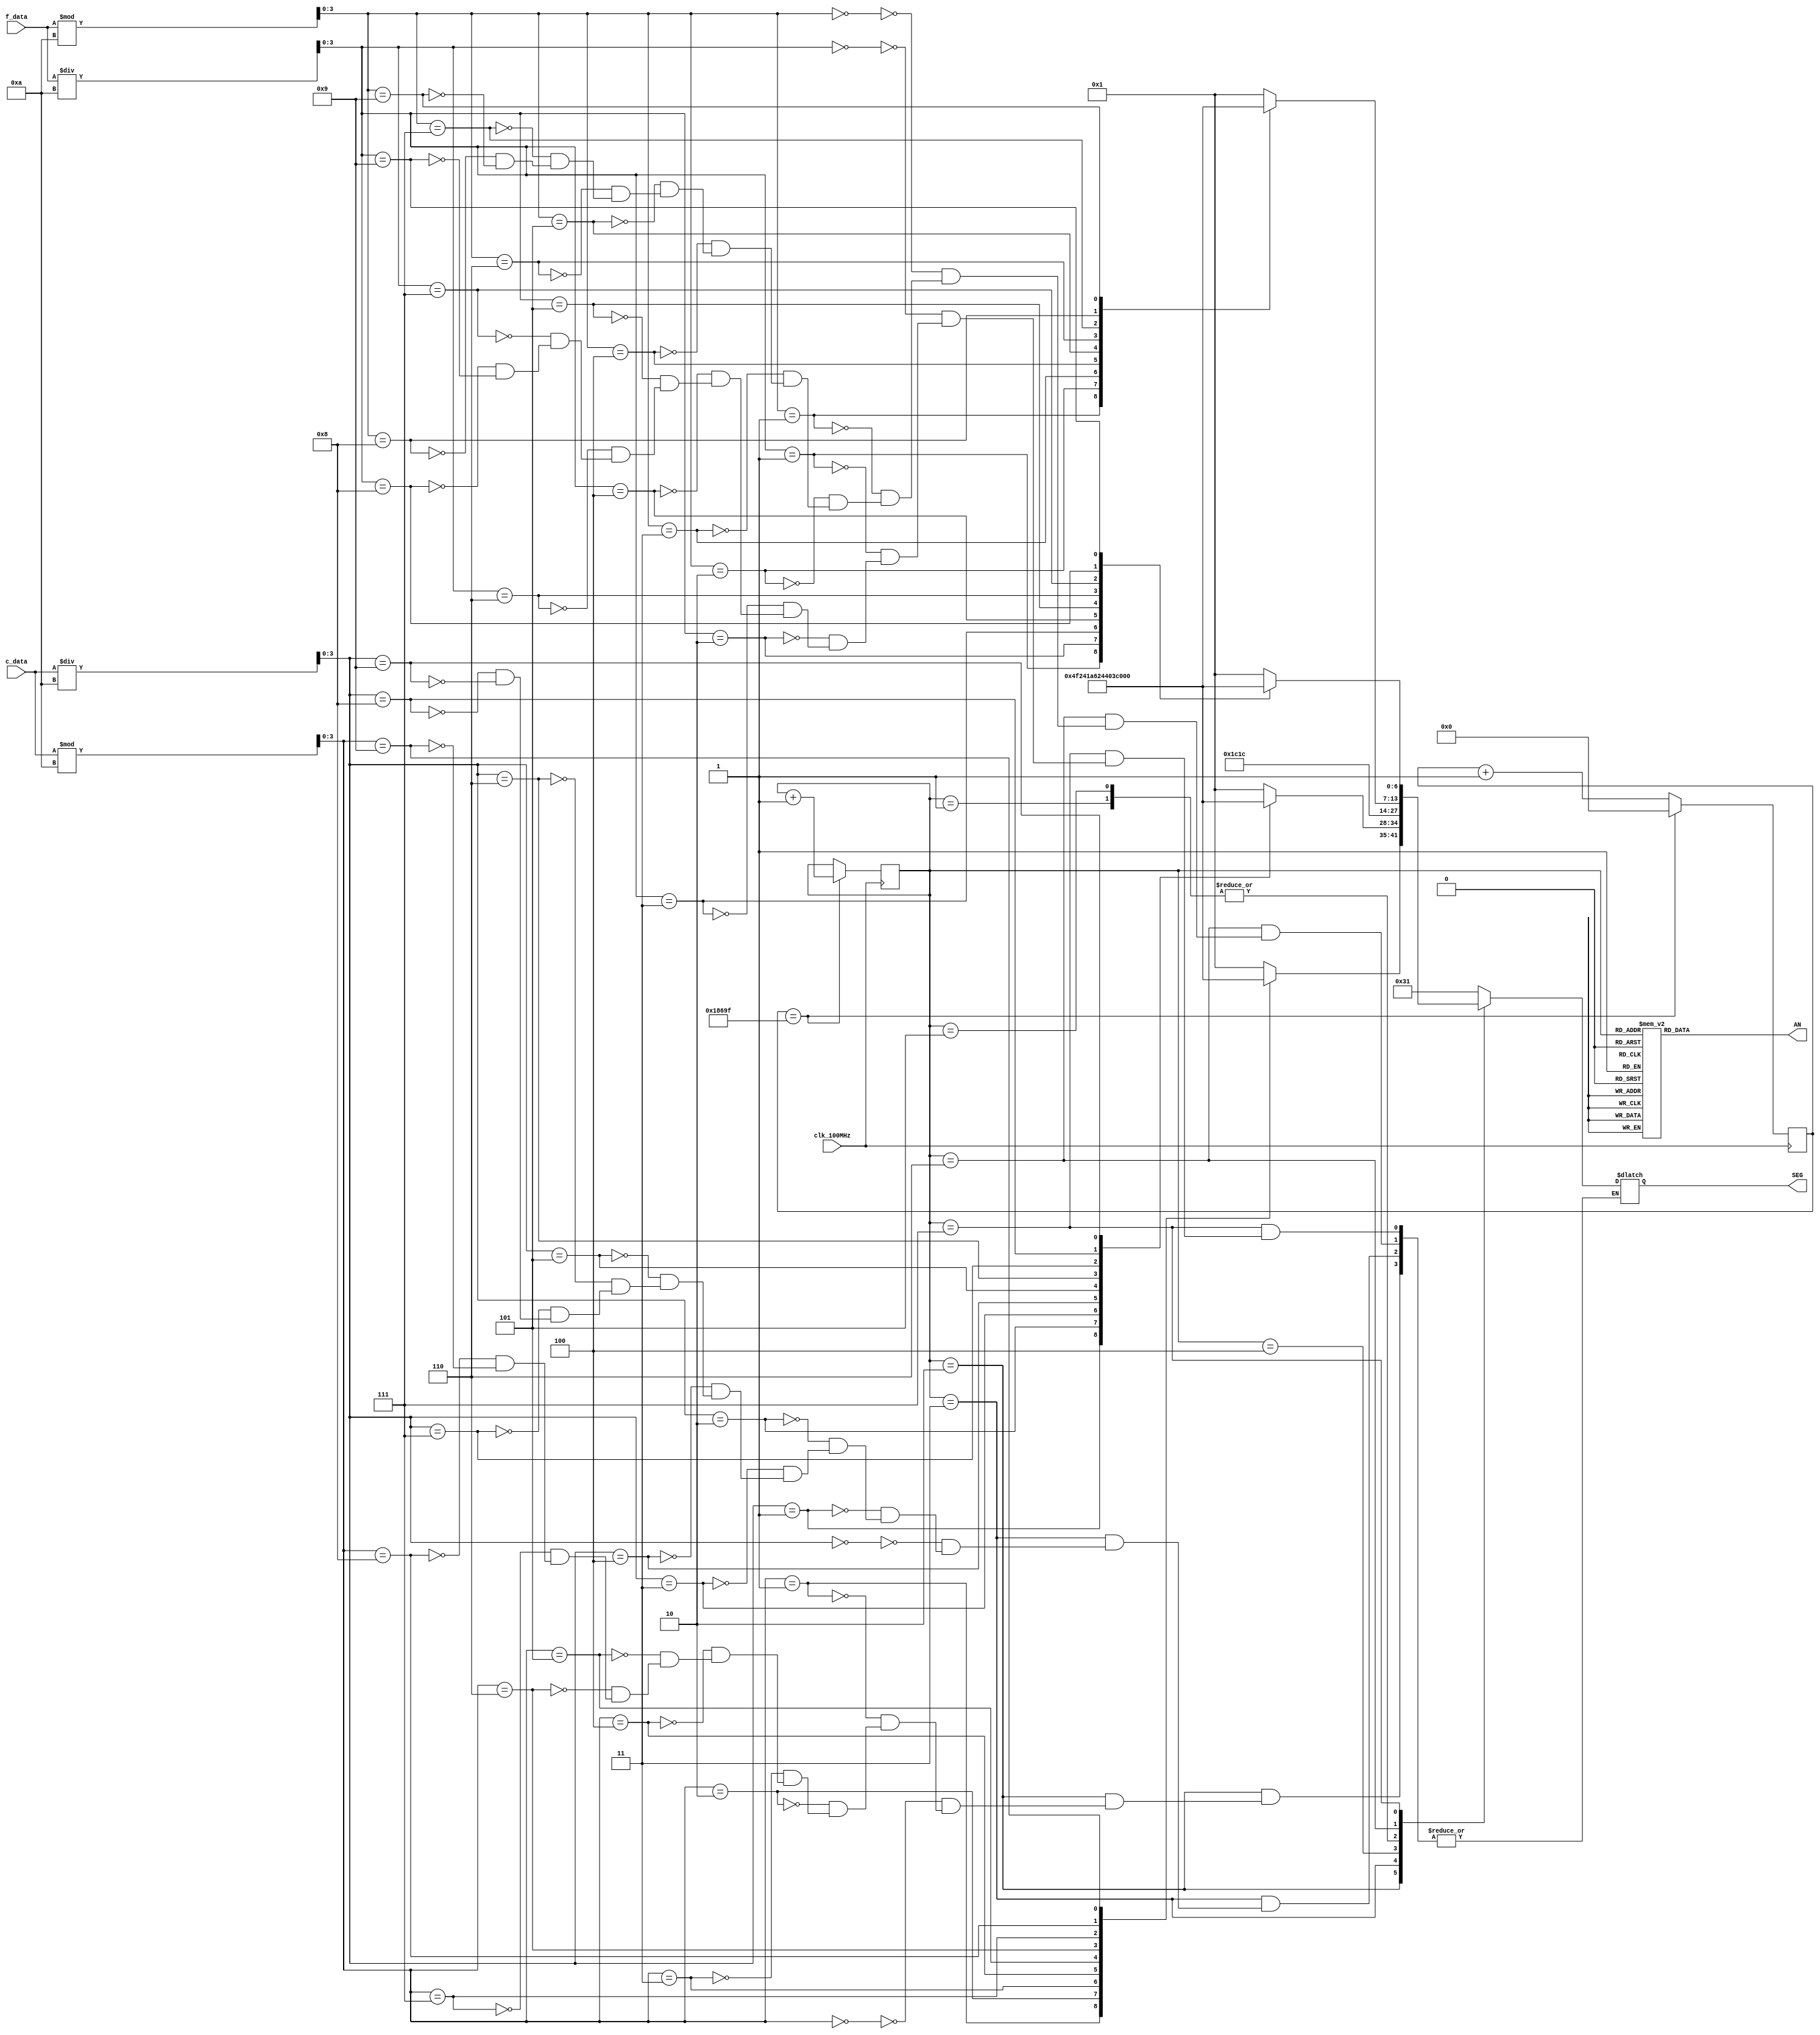
`timescale 1ns / 1ps
module seg7c(
    input clk_100MHz,               // Nexys 4 DDR clock
    input [7:0] c_data,             // Temp data from i2c master
    input [7:0] f_data,             // Temp data from temp converter
    output reg [6:0] SEG,           // 7 Segments of Displays
    output reg [7:0] AN             // 4 Anodes of 8 to display Temp C
    );
    
    // Binary to BCD conversion of temperature data
    wire [3:0] c_tens, c_ones;
    assign c_tens = c_data / 10;           // Tens value of C temp data
    assign c_ones = c_data % 10;           // Ones value of C temp data
    
    wire [3:0] f_tens, f_ones;
    assign f_tens = f_data / 10;           // Tens value of C temp data
    assign f_ones = f_data % 10;           // Ones value of C temp data 
    
    // Parameters for segment patterns
    parameter ZERO  = 7'b000_0001;  // 0
    parameter ONE   = 7'b100_1111;  // 1
    parameter TWO   = 7'b001_0010;  // 2 
    parameter THREE = 7'b000_0110;  // 3
    parameter FOUR  = 7'b100_1100;  // 4
    parameter FIVE  = 7'b010_0100;  // 5
    parameter SIX   = 7'b010_0000;  // 6
    parameter SEVEN = 7'b000_1111;  // 7
    parameter EIGHT = 7'b000_0000;  // 8
    parameter NINE  = 7'b000_0100;  // 9
    parameter DEG   = 7'b001_1100;  // degrees symbol
    parameter C     = 7'b011_0001;  // C
    parameter F     = 7'b011_1000;  // F
    
    // To select each digit in turn
    reg [2:0] anode_select;         // 2 bit counter for selecting each of 4 digits
    reg [16:0] anode_timer;         // counter for digit refresh
    
    // Logic for controlling digit select and digit timer
    always @(posedge clk_100MHz) begin
        // 1ms x 8 displays = 8ms refresh period
        if(anode_timer == 99_999) begin         // The period of 100MHz clock is 10ns (1/100,000,000 seconds)
            anode_timer <= 0;                   // 10ns x 100,000 = 1ms
            anode_select <=  anode_select + 1;
        end
        else
            anode_timer <=  anode_timer + 1;
    end
    
    // Logic for driving the 8 bit anode output based on digit select
    always @(anode_select) begin
        case(anode_select) 
            3'o0 : AN = 8'b1111_1110;
            3'o1 : AN = 8'b1111_1101;
            3'o2 : AN = 8'b1111_1011;
            3'o3 : AN = 8'b1111_0111;
            3'o4 : AN = 8'b1110_1111;
            3'o5 : AN = 8'b1101_1111;
            3'o6 : AN = 8'b1011_1111;
            3'o7 : AN = 8'b0111_1111;
        endcase
    end
    
    always @*
        case(anode_select)
            3'o0 : SEG = C;    // Set to C for Celsuis
                        
            3'o1 : SEG = DEG;  // Set to degrees symbol
                    
            3'o2 : begin       // C TEMPERATURE ONES DIGIT
                        case(c_ones)
                            4'b0000 : SEG = ZERO;
                            4'b0001 : SEG = ONE;
                            4'b0010 : SEG = TWO;
                            4'b0011 : SEG = THREE;
                            4'b0100 : SEG = FOUR;
                            4'b0101 : SEG = FIVE;
                            4'b0110 : SEG = SIX;
                            4'b0111 : SEG = SEVEN;
                            4'b1000 : SEG = EIGHT;
                            4'b1001 : SEG = NINE;
                        endcase
                    end
                    
            3'o3 : begin       // C TEMPERATURE TENS DIGIT
                        case(c_tens)
                            4'b0000 : SEG = ZERO;
                            4'b0001 : SEG = ONE;
                            4'b0010 : SEG = TWO;
                            4'b0011 : SEG = THREE;
                            4'b0100 : SEG = FOUR;
                            4'b0101 : SEG = FIVE;
                            4'b0110 : SEG = SIX;
                            4'b0111 : SEG = SEVEN;
                            4'b1000 : SEG = EIGHT;
                            4'b1001 : SEG = NINE;
                        endcase
                    end
            
            3'o4 : SEG = F;    // Set to F for Fahrenheit
                        
            3'o5 : SEG = DEG;  // Set to degrees symbol
                    
            3'o6 : begin       // F TEMPERATURE ONES DIGIT
                        case(f_ones)
                            4'b0000 : SEG = ZERO;
                            4'b0001 : SEG = ONE;
                            4'b0010 : SEG = TWO;
                            4'b0011 : SEG = THREE;
                            4'b0100 : SEG = FOUR;
                            4'b0101 : SEG = FIVE;
                            4'b0110 : SEG = SIX;
                            4'b0111 : SEG = SEVEN;
                            4'b1000 : SEG = EIGHT;
                            4'b1001 : SEG = NINE;
                        endcase
                    end
                    
            3'o7 : begin       // F TEMPERATURE TENS DIGIT
                        case(f_tens)
                            4'b0000 : SEG = ZERO;
                            4'b0001 : SEG = ONE;
                            4'b0010 : SEG = TWO;
                            4'b0011 : SEG = THREE;
                            4'b0100 : SEG = FOUR;
                            4'b0101 : SEG = FIVE;
                            4'b0110 : SEG = SIX;
                            4'b0111 : SEG = SEVEN;
                            4'b1000 : SEG = EIGHT;
                            4'b1001 : SEG = NINE;
                        endcase
                    end             
        endcase  
endmodule